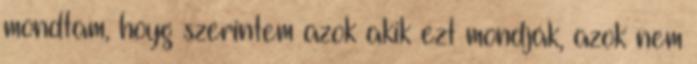
mondtam, hoyg szerintem azok akik ezt mondják, azok nem